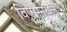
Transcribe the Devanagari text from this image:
विएसेन्थल